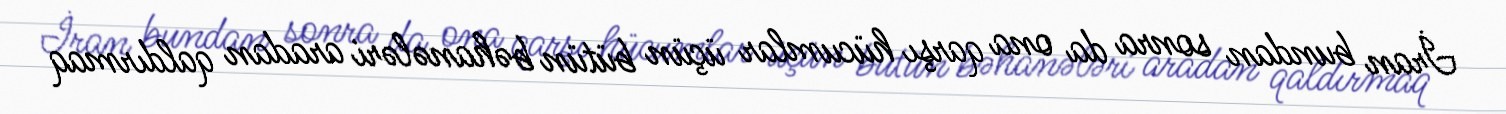
İran bundan sonra da ona qarşı hücumlar üçün bütün bəhanələri aradan qaldırmaq